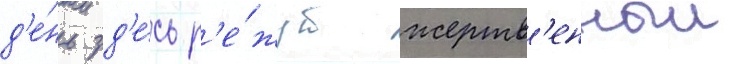
д'е́нь зд'е́сь р'е́жут жертв'енныи